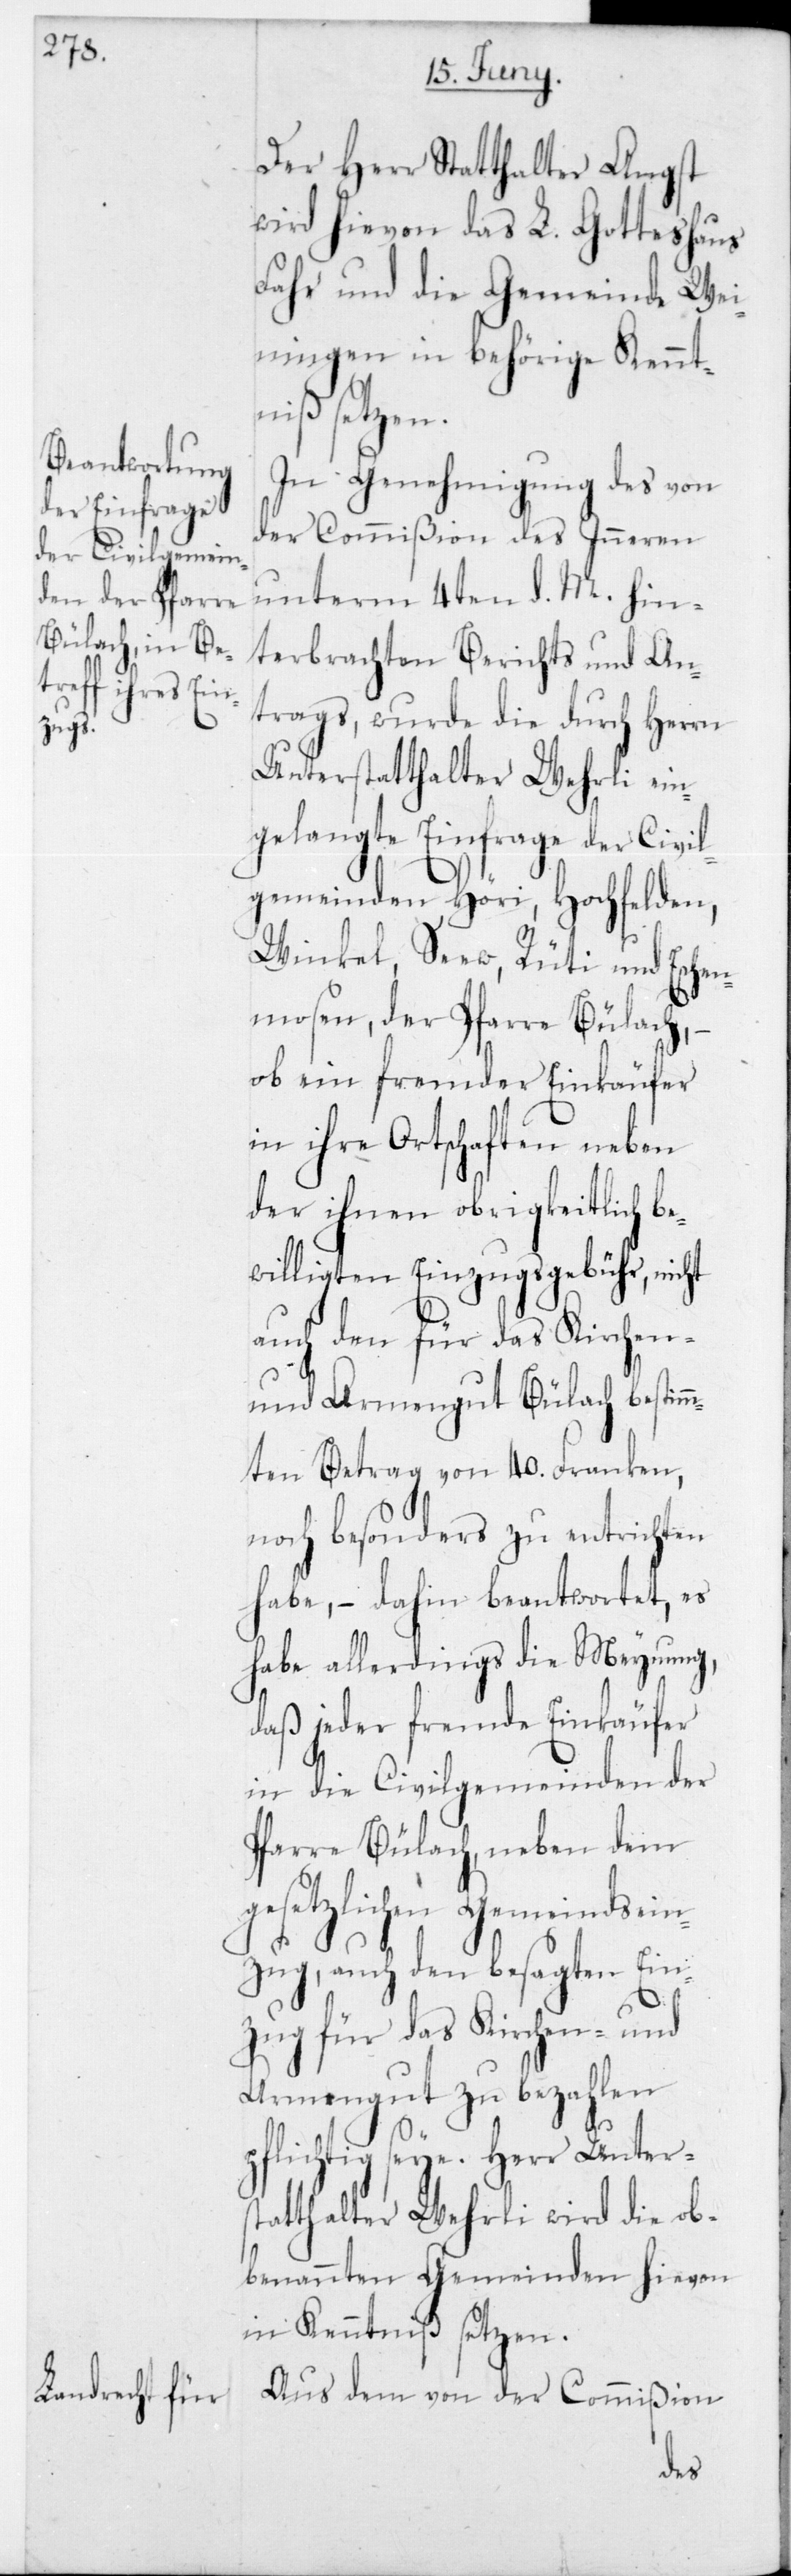
Der Herr Statthalter Angst
wird hievon das L. Gotteshaus
Fahr und die Gemeinde Wei¬
ningen in behörige Kennt¬
niß setzen.
In Genehmigung des von
der Commißion des Inneren
unterm 4ten d. M. hin¬
terbrachten Berichts und An¬
trags, wurde die durch Herrn
Unterstatthalter Wehrli ein¬
gelangte Einfrage der Civil¬
gemeinden Höri, Hochfelden,
Winkel, Seew, Rüti und Eschen¬
mosen, der Pfarre Bülach, –
ob ein fremder Einkäufer
in ihre Ortschaften neben
der ihnen obrigkeitlich be¬
willigten Einzugsgebühr, nicht
auch den für das Kirchen-
und Armengut Bülach bestim¬
mten Betrag von 40 Franken,
noch besonders zu entrichten
habe, – dahin beantwortet, es
habe allerdings die Meynung,
daß jeder fremde Einkäufer
in die Civilgemeinden der
Pfarre Bülach, neben dem
gesetzlichen Gemeindsein¬
zug, auch den besagten Ein¬
zug für das Kirchen- und
Armengut zu bezahlen
pflichtig seye. Herr Unter¬
statthalter Wehrli wird die ob¬
benannten Gemeinden hievon
in Kenntniß setzen.
Aus dem von der Commißion